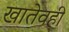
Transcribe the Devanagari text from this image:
खातेवही